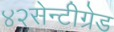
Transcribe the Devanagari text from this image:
४२सेन्टीग्रेड